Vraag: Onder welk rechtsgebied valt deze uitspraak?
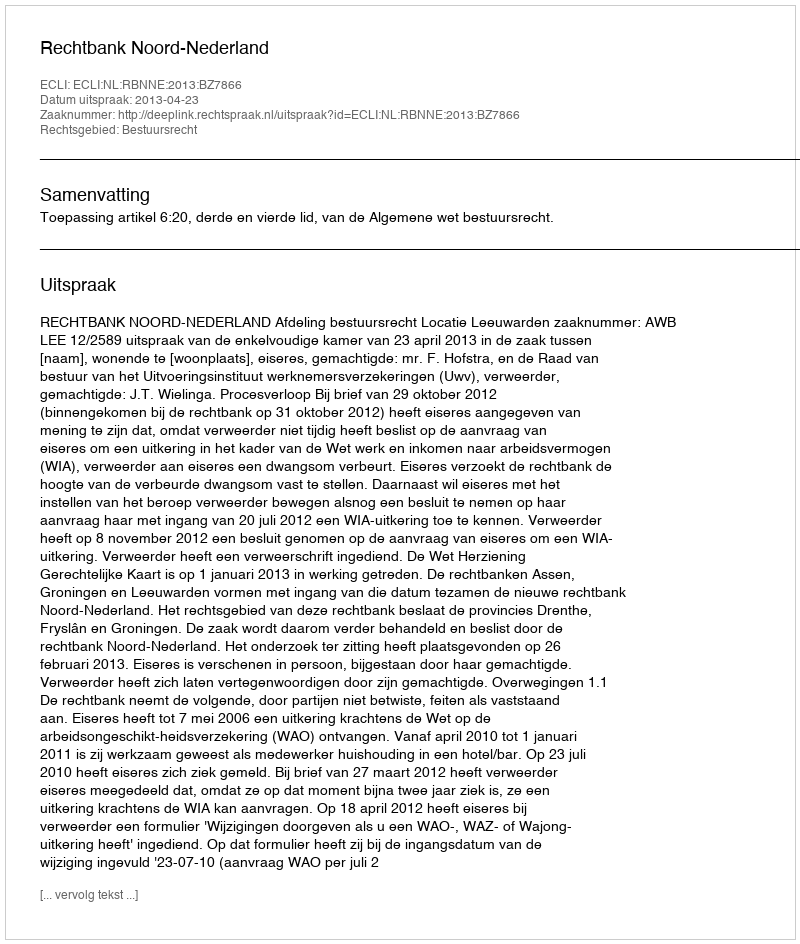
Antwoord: Bestuursrecht